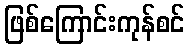
ဖြစ်ကြောင်းကုန်စင်